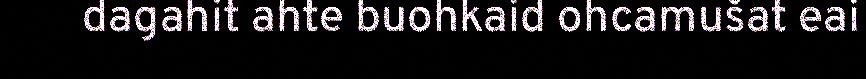
dagahit ahte buohkaid ohcamušat eai